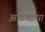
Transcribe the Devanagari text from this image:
झाडणाऱ्या